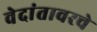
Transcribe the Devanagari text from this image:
वेदांतावरचे